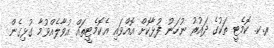
ރ.ކ. ކޮމެޓީ ތަކުގެ ދައުރު ނުހަނު ފުޅާކޮށް އޮއްވައި އެކޮމެޓީތައް އުވާލެއްވުމާ ގުޅިގެން